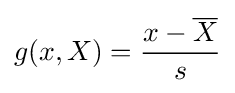
g(x,X)={\frac {x-{\overline {X}}}{s}}